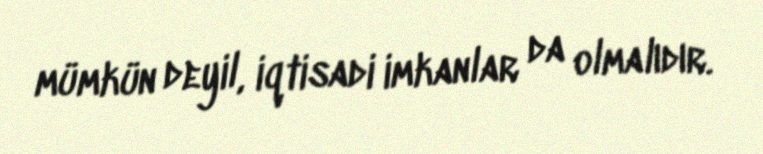
mümkün deyil, iqtisadi imkanlar da olmalıdır.